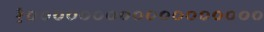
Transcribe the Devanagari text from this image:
१००००००००००००००००००